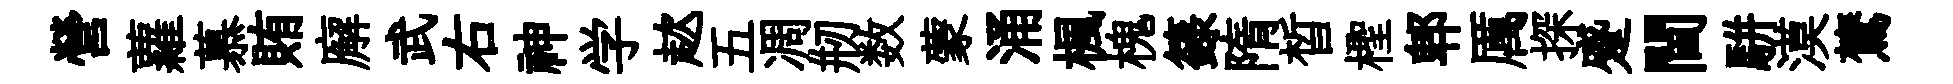
營蘿慕賄廨武右神学趑五凋剏数蒙涌楓槐籙隋晳檉郫厲探蹙閫駢漠鷟